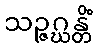
သဉ္ဇဂ္ဃန္တိံ